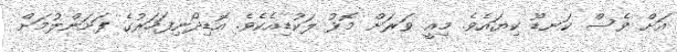
އަށް ވެސް ކަނޑޫ ކިޔައެވެ. މިއީ ވަރަށް މޮޅު ލަކުޑިއެކެވެ. އޮޑިދޯނިފަހަރުގެ ފަށަންލުމަށް